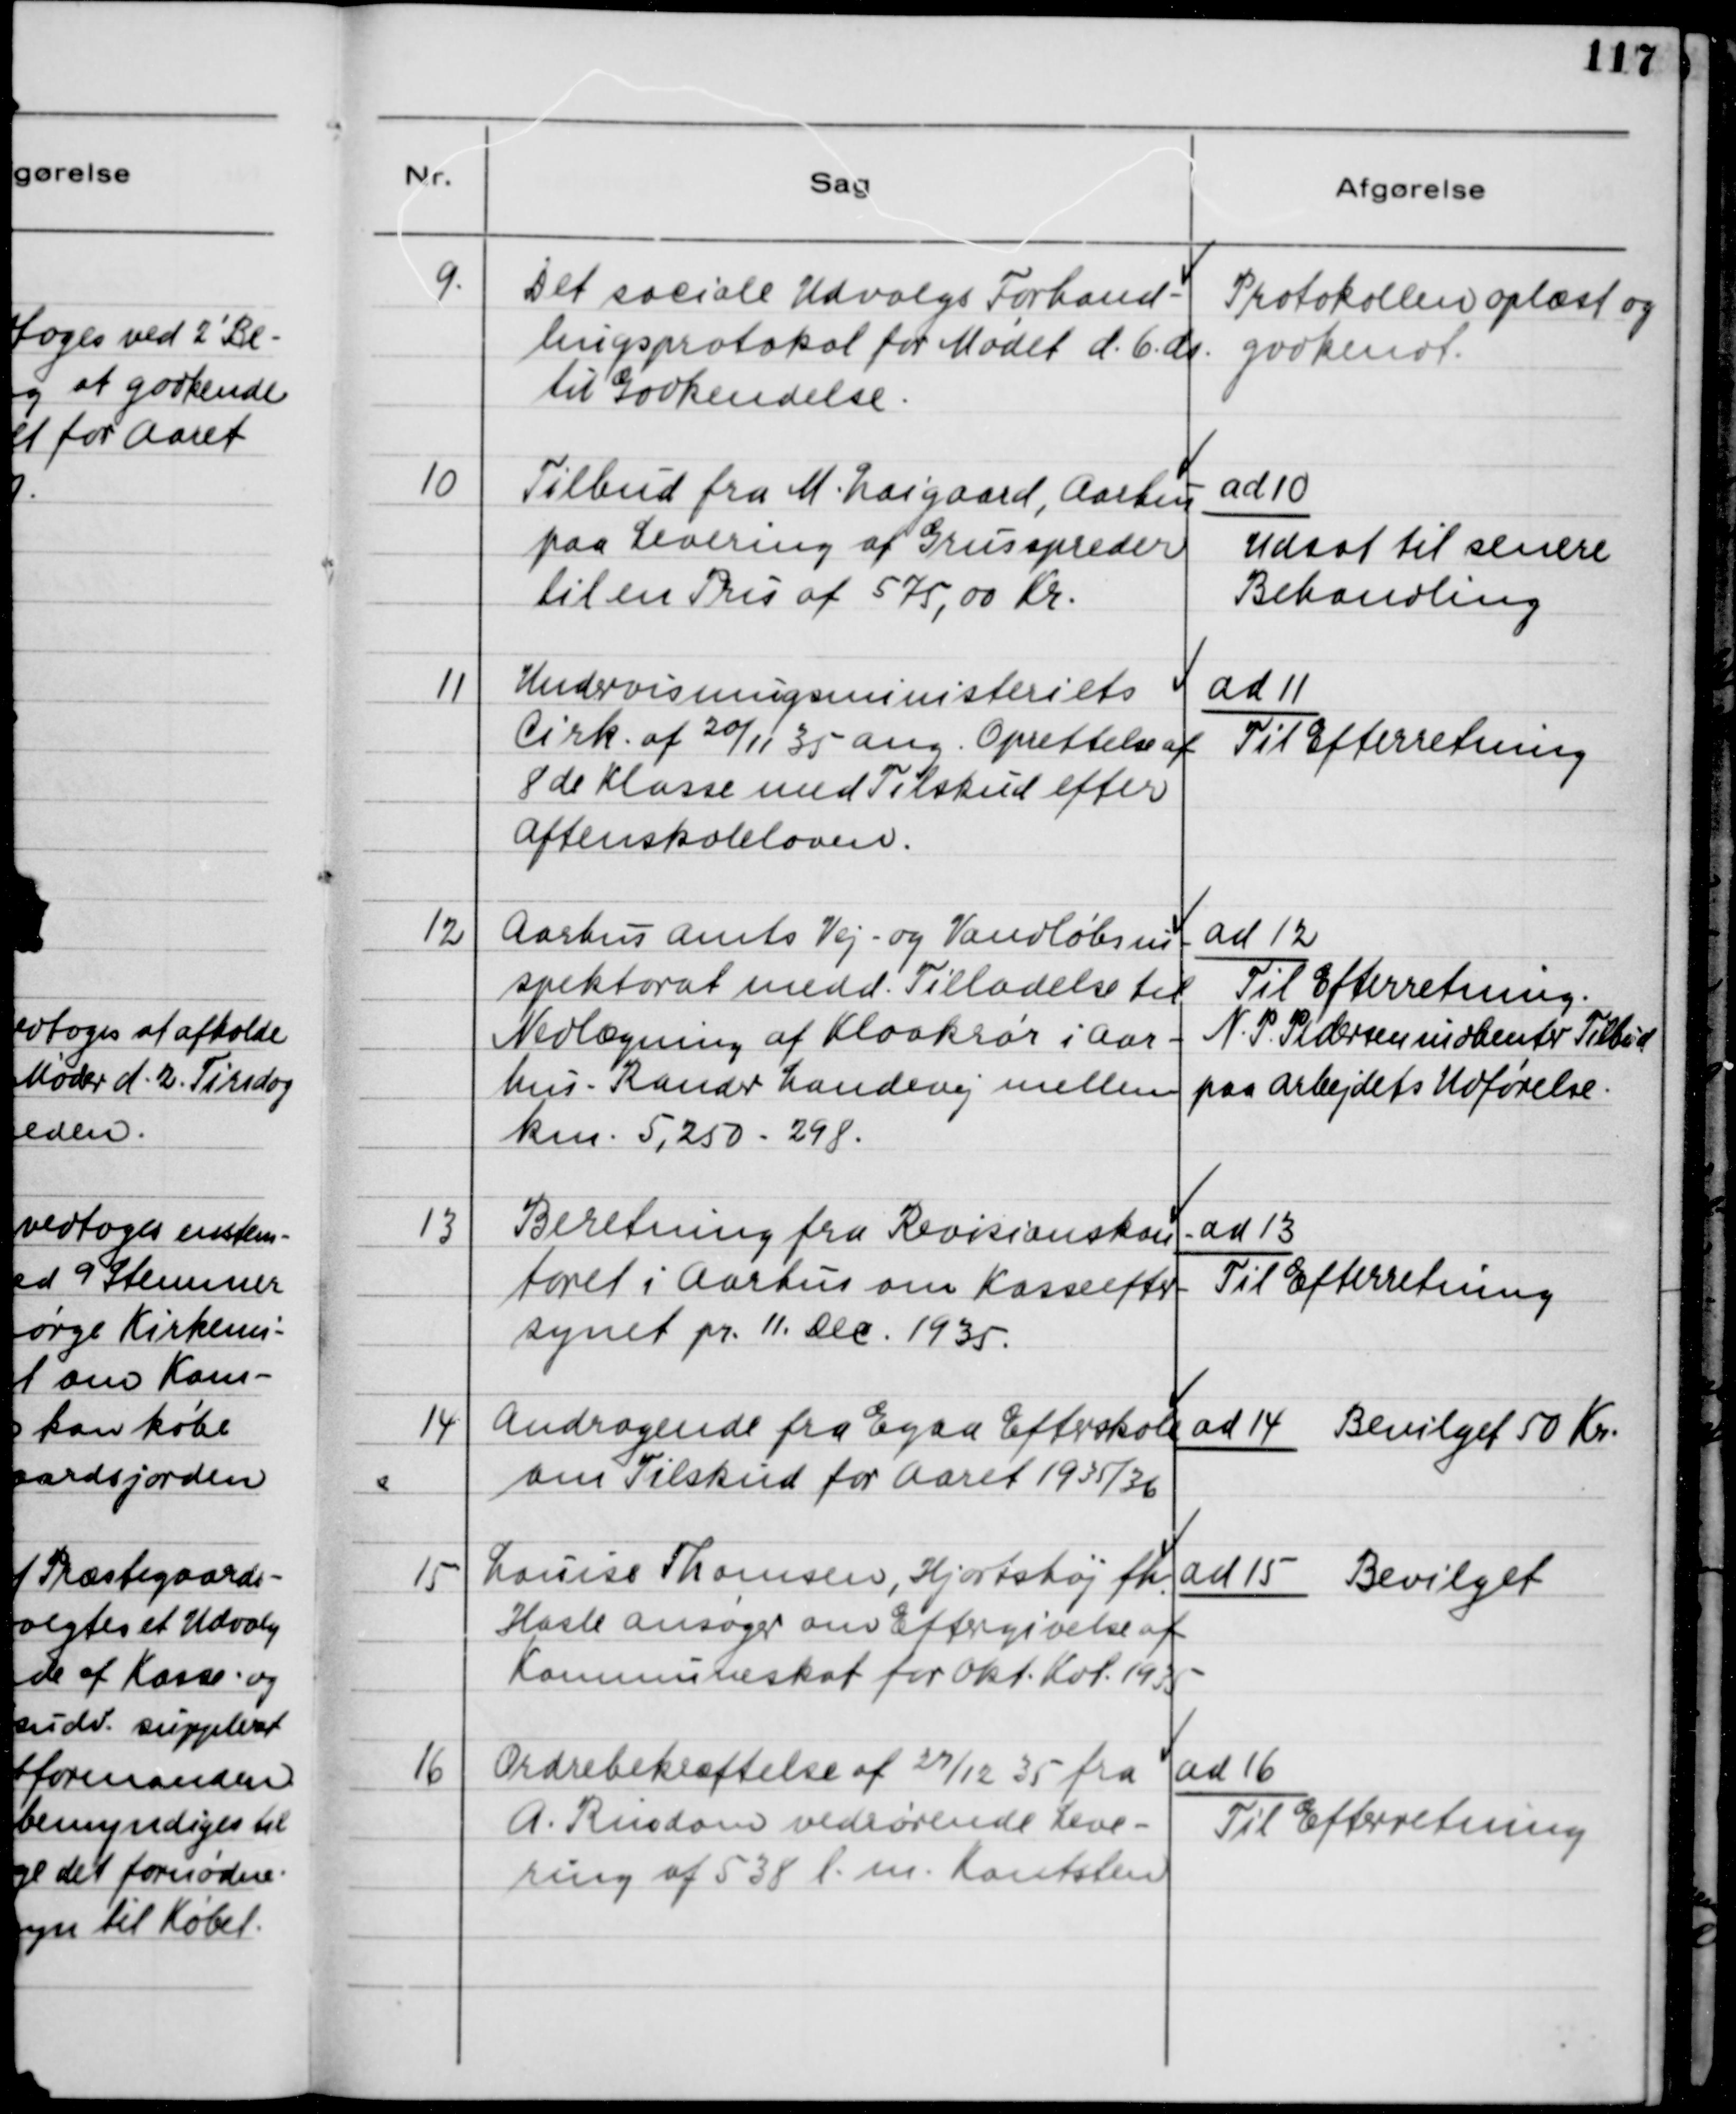
Transskription:
9.
Det sociale Udvalgs Forhand-
lingsprotokol for Mødet d. 6. ds.
til Godkendelse.
Protokollen oplæst og
godkendt.
10
Tilbud fra M. Laigaard, Aarhus
paa Levering af Grusspreder
til en Pris af 575,00 Kr.
ad 10
Udsat til senere
Behandling.
11
Undervisningsministeriets
Cirk. af 20/11 35 ang. Oprettelse af
8de Klasse med Tilskud efter
aftenskoleloven.
ad 11
Til Efterretning
12
Aarhus amts Vej- og Vandløbsin-
spektorat medd. Tilladelse til
Nedlægning af Kloakrør i Aar-
hus-Randers Landevej mellem
km. 5,250-298.
ad 12
Til Efterretning
N.P. Pedersen indhenter Tilbud
paa Arbejdets Udførelse.
13
Beretning fra Revisionskon-
toret i Aarhus om Kasseefter-
synet pr. 11. dec. 1935.
ad 13
Til Efterretning.
14
Andragende fra Egaa Efterskole
om Tilskud for Aaret 1935/36.
ad 14 Bevilget 50 Kr.
15
Louise Thomsen, Hjortshøj fh.
Hasle ansøger om Eftergivelse af
Kommuneskat for okt. Kvt. 1935
ad 15 Bevilget.
16
Ordrebekræftelse af 27/12 35 fra
A. Rindom vedrørende Leve-
ring af 538 l.m. Kantsten
ad 16
Til Efterretning